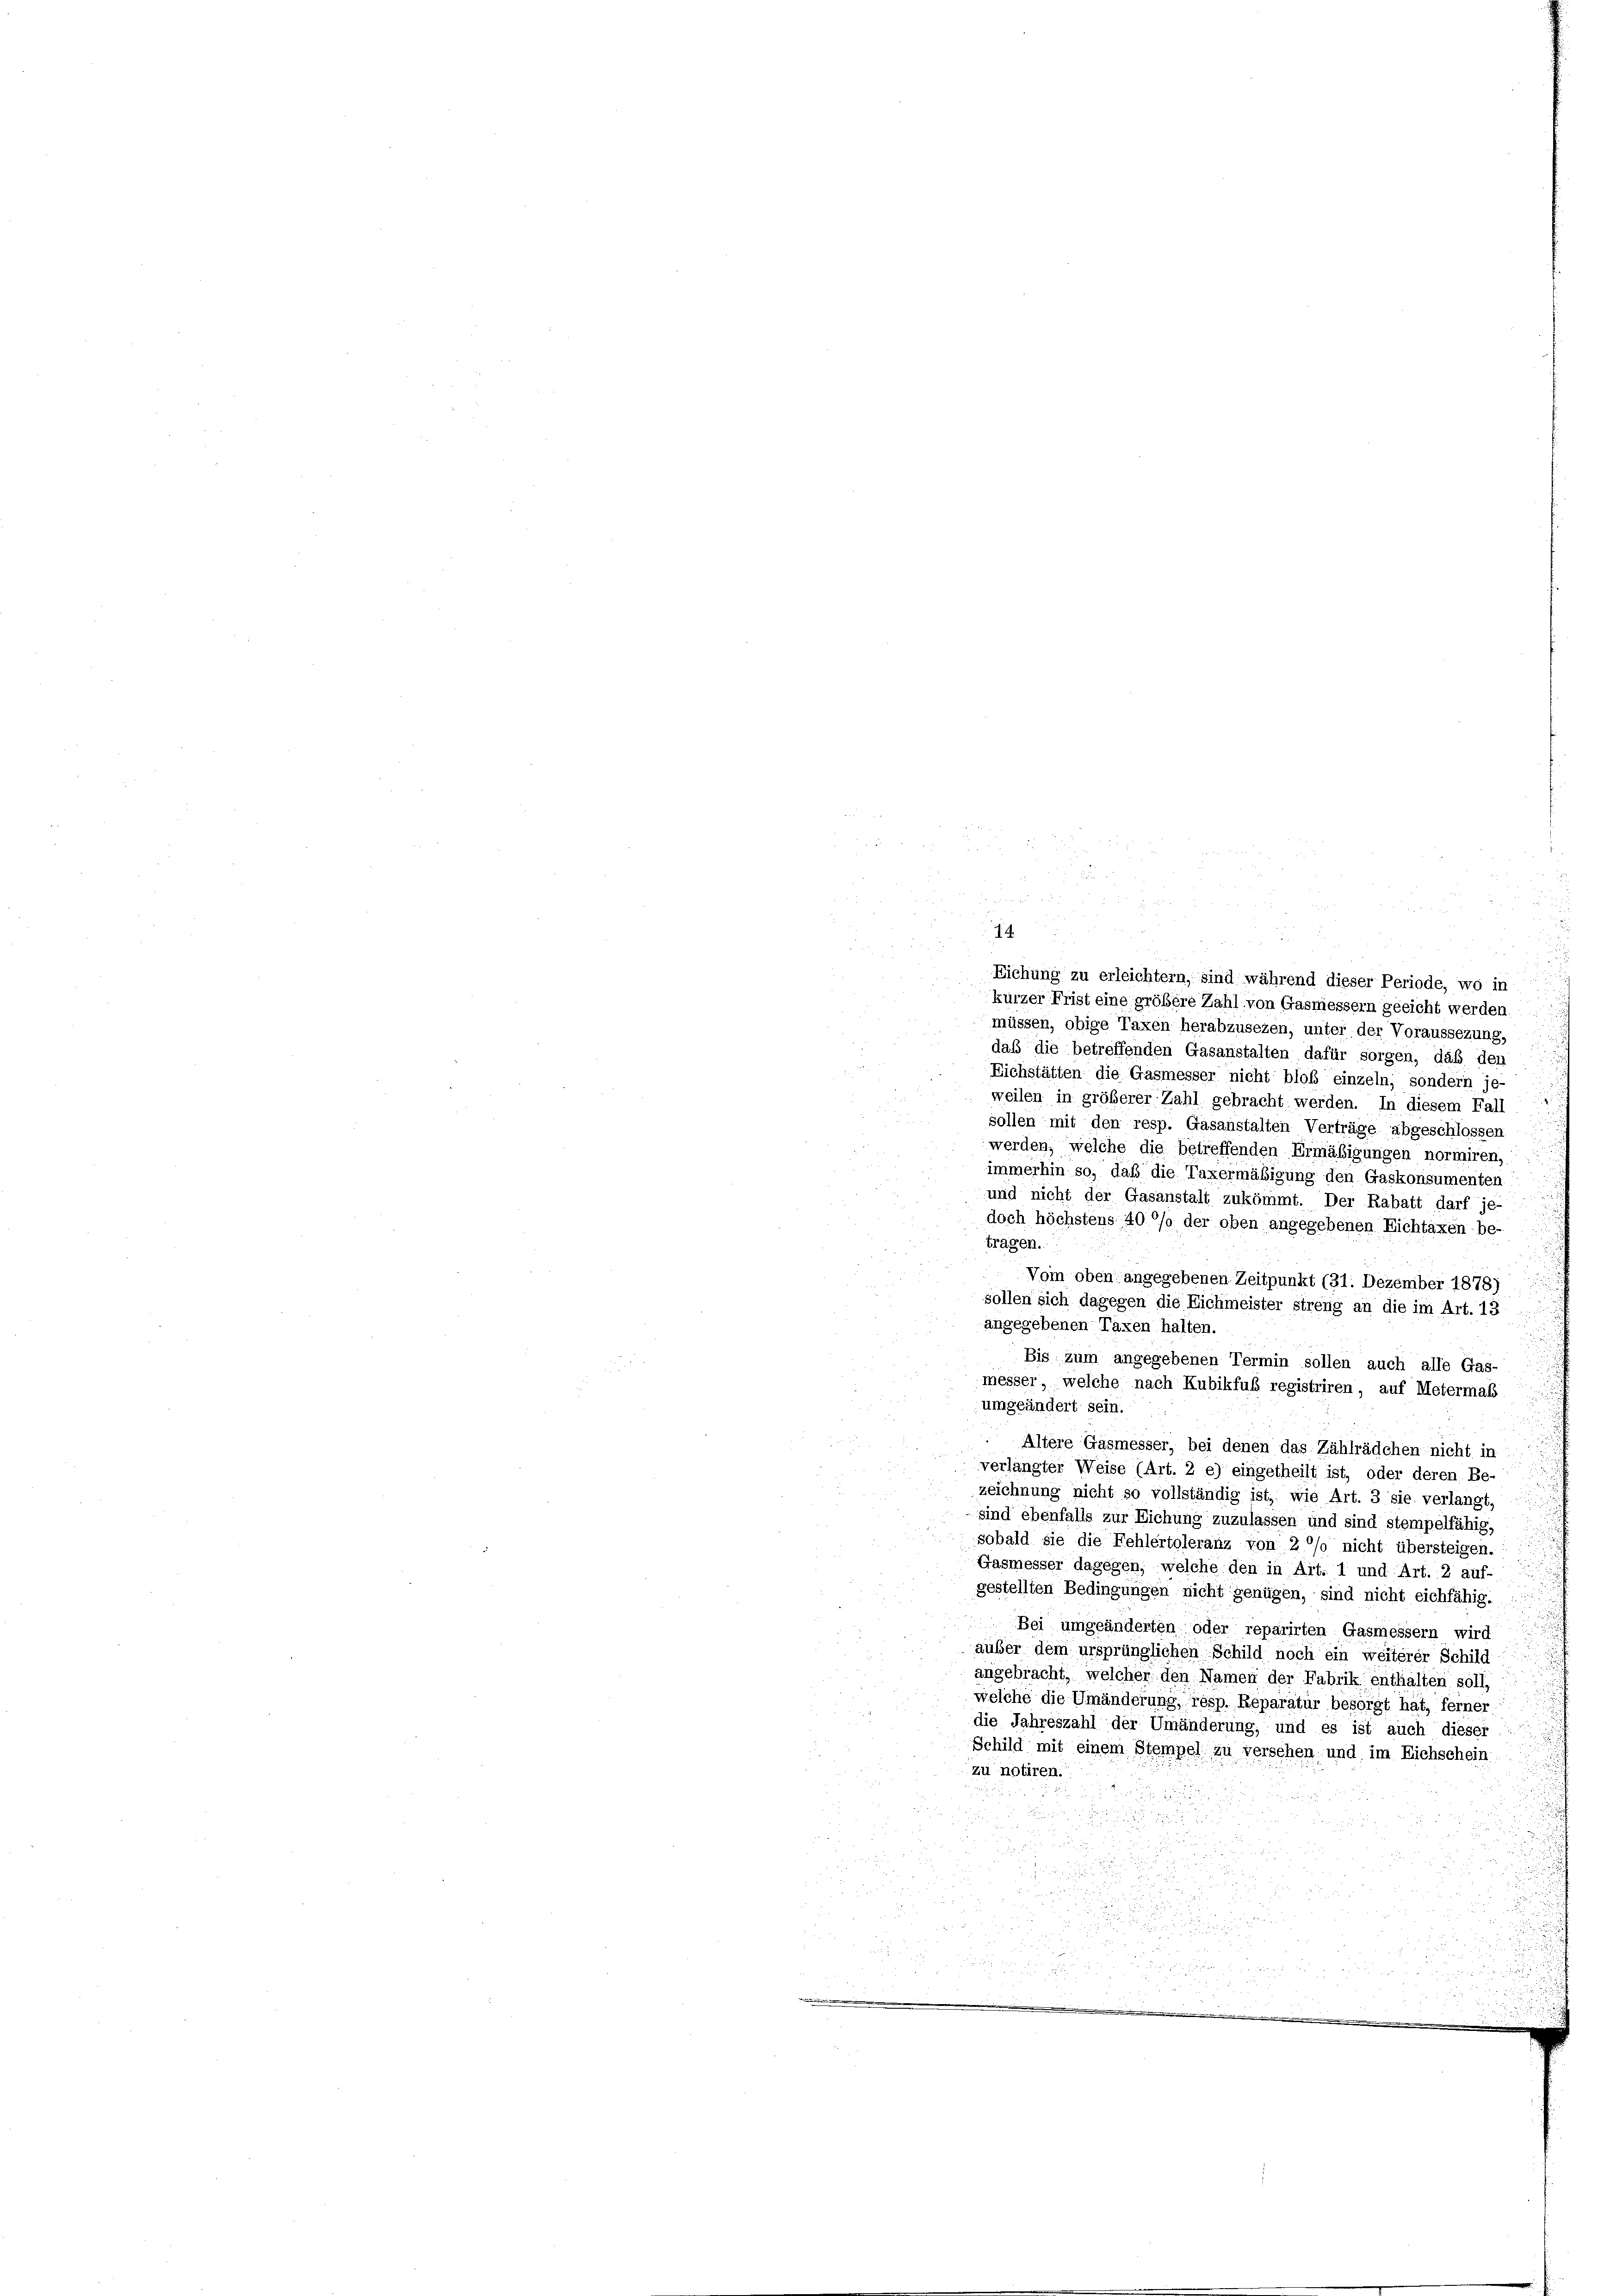
Eichung zu erleichtern, sind während dieser Periode, wo in
kurzer Frist eine größere Zahl von Gasmessern geeicht werden.
müssen, obige Taxen herabzusezen, unter der Voraussezung,
daß die betreffenden Gasanstalten dafür sorgen, daß den
Eichstätten die Gasmesser nicht bloß einzeln, sondern je-
weilen in größerer Zahl gebracht werden. In diesem Fall
sollen mit den resp. Gasanstalten Verträge abgeschlossen
werden, welche die betreffenden Ermäßigungen normiren,
immerhin so, daß die Taxermäßigung den Gaskonsumenten
und nicht der Gasanstalt zukömmt. Der Rabatt darf je-
doch höchstens 40 °/o der oben angegebenen Eichtaxen be-
tragen.
Vom oben angegebenen Zeitpunkt (31. Dezember 1878)
sollen sich dagegen die Eichmeister streng an die im Art. 13
angegebenen Taxen halten.
Bis zum angegebenen Termin sollen auch alle Gas- :
messer, welche nach Kubikfuß registriren, auf Metermaß
umgeändert sein.
 Altere Gasmesser, bei denen das Zählrädchen nicht in
verlangter Weise (Art. 2 e) eingetheilt ist, oder deren Be-
zeichnung nicht so vollständig ist, wie Art. 3 sie verlangt,
sind ebenfalls zur Eichung zuzulassen und sind stempelfähig,
sobald sie die Fehlertoleranz von 2 °/o nicht übersteigen.
Gasmesser dagegen, welche den in Art. 1 und Art. 2 auf-
gestellten Bedingungen nicht genügen, sind nicht eichfähig.  .. ..
Bei umgeänderten oder reparirten Gasmessern wird
aüber dem ursprünglichen Schild noch ein weiterer Schild
angebracht, welcher den Namen der Fabrik enthalten soll,
welche die Umänderung, resp. Reparatur besorgt hat, ferner
die Jahreszahl der Umänderung, und es ist auch dieser
Schild mit einem Stempel zu versehen, und im Eichschein
zu notiren.
n

e
u

i